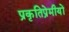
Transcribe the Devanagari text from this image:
प्रकृतिप्रेमीयों